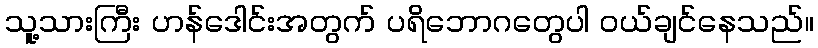
သူ့သားကြီး ဟန်ဒေါင်းအတွက် ပရိဘောဂတွေပါ ဝယ်ချင်နေသည်။